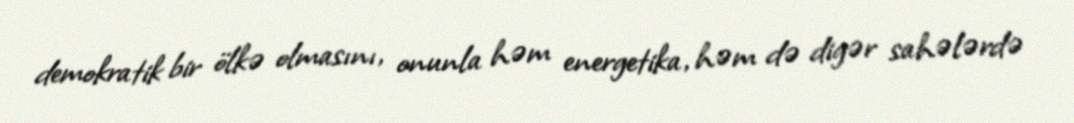
demokratik bir ölkə olmasını, onunla həm energetika, həm də digər sahələrdə